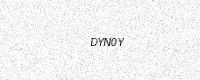
Text: DYN0Y